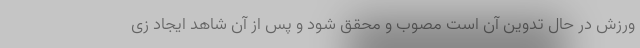
ورزش در حال تدوین آن است مصوب و محقق شود و پس از آن شاهد ایجاد زی